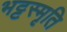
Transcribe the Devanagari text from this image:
भट्टस्मृति